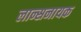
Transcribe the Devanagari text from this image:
लान्सनायक